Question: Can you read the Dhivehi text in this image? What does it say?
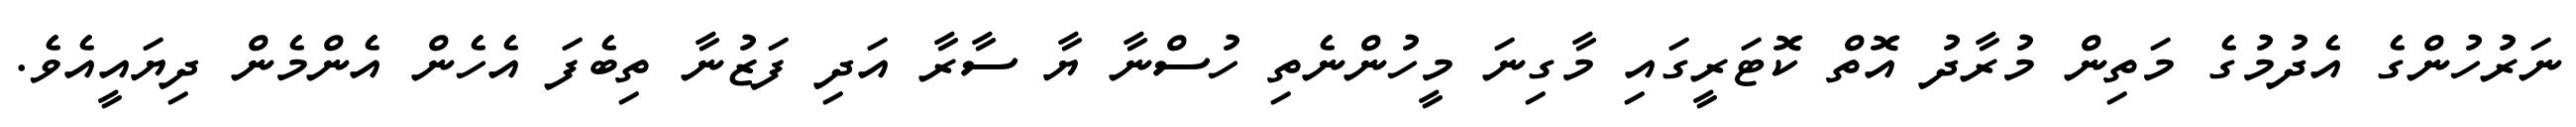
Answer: ނަރުހުންގެ އެދުމުގެ މަތިން މުރާދު އޮތް ކޮޓަރީގައި މާގިނަ މީހުންނެތި ހުސްނާ ޔާ ސާރާ އަދި ފަޒުނާ ތިބެފަ އެހެން އެންމެން ދިޔައީއެވެ.